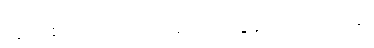
သူက စကားပြောကလည်း အလွန်ကောင်းတဲ့လူ။